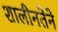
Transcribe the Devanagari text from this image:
शालीनतेने